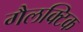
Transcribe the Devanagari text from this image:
गैलक्टिक